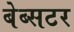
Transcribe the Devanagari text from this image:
बेब्सटर